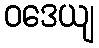
ဝဒေယျ